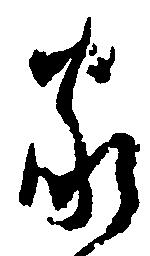
家